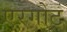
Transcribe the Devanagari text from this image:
एरगोट